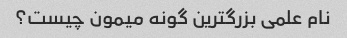
نام علمی بزرگترین گونه میمون چیست؟